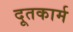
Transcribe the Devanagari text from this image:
दूतकार्म